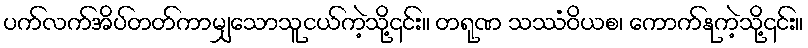
ပက်လက်အိပ်တတ်ကာမျှသောသူငယ်ကဲ့သို့၎င်း။ တရုဏ သဿံဝိယစ၊ ကောက်နုကဲ့သို့၎င်း။